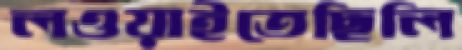
লওয়াইতেছিলি